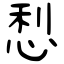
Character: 悡